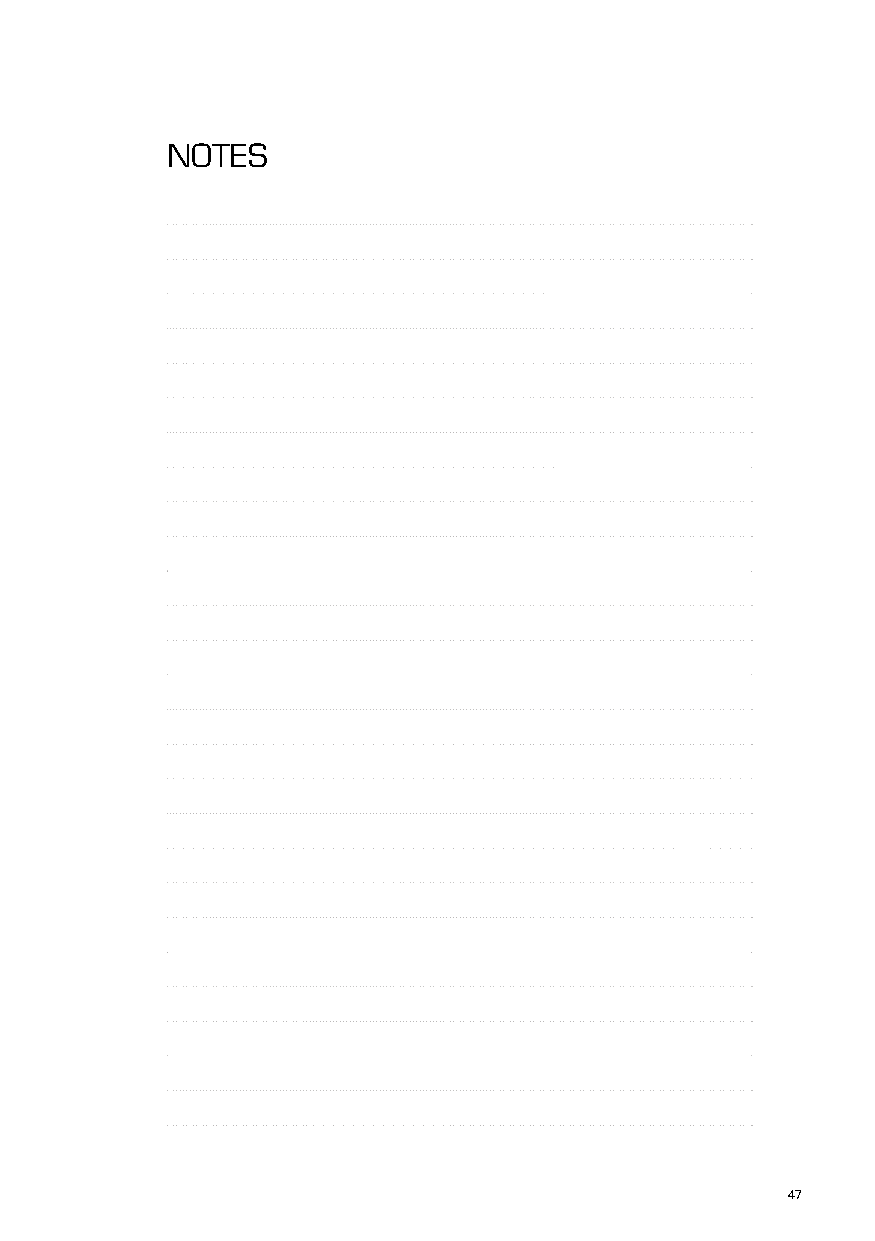
NOTES
 46                                                  47